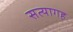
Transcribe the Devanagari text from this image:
सत्यागह